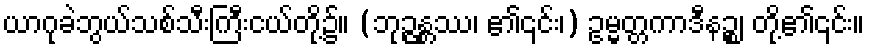
ယာဂုခဲဘွယ်သစ်သီးကြီးငယ်တို့၌။ (ဘုဉ္ဇန္တဿ၊ ၏၎င်း၊) ဥမ္မတ္တကာဒီနဉ္စ၊ တို့၏၎င်း။